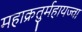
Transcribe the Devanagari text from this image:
महाक्रतुर्महायज्वा